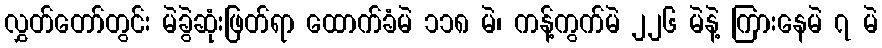
လွှတ်တော်တွင်း မဲခွဲဆုံးဖြတ်ရာ ထောက်ခံမဲ ၁၁၈ မဲ၊ ကန့်ကွက်မဲ ၂၂၆ မဲနဲ့ ကြားနေမဲ ၇ မဲ